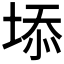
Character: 𡍞